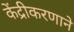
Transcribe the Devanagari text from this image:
केंद्रीकरणाने